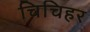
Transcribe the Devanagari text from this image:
चिचिहर